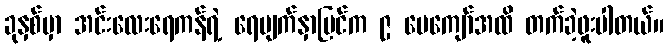
ခုနှစ်မှာ အင်းလေးရေကန်ရဲ့ ရေမျက်နှာပြင်က ၉ ပေကျော်အထိ တက်ခဲ့ဖူးပါတယ်။